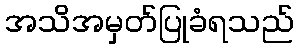
အသိအမှတ်ပြုခံရသည်